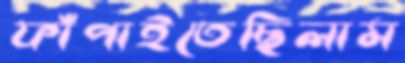
ফাঁপাইতেছিলাম